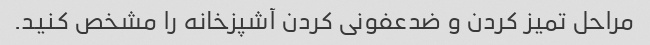
مراحل تمیز کردن و ضدعفونی کردن آشپزخانه را مشخص کنید.